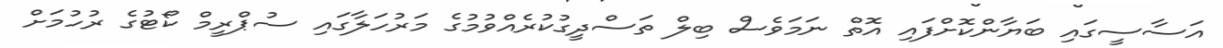
އަސާސީގައި ބަޔާންކޮށްފައި އޮތް ނަމަވެސް ބިލް ތަސްދީގުކުރެއްވުމުގެ މަރުހަލާގައި ސުޕްރީމް ކޯޓުގެ ރުހުމަށް